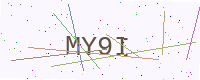
Text: MY9I